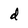
Character: d